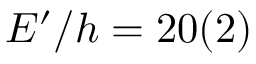
E ^ { \prime } / h = 2 0 ( 2 )